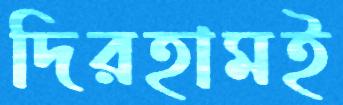
দিরহামই